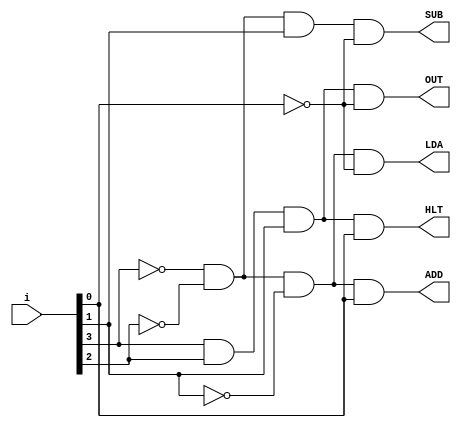
/* SAP_1_instruction_decoder
   copyright 2012 (pika1021@gmail.com)
   */
`timescale 1ns / 100ps

module SAP_1_instruction_decoder(LDA, ADD, SUB, OUT, HLT, i);
  output LDA, ADD, SUB, OUT, HLT;
  input [7:4]i;

  assign LDA = !i[7] && !i[6] && !i[5] && !i[4];
  assign ADD = !i[7] && !i[6] && !i[5] && i[4];
  assign SUB = !i[7] && !i[6] && i[5] && !i[4];
  assign OUT = i[7] && i[6] && i[5] && !i[4];
  assign HLT = i[7] && i[6] && i[5] && i[4];
endmodule